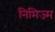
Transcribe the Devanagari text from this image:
निमिज्म